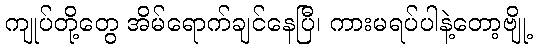
ကျုပ်တို့တွေ အိမ်ရောက်ချင်နေပြီ၊ ကားမရပ်ပါနဲ့တော့ဗျို့